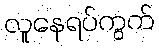
လူနေရပ်ကွက်